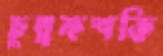
চুম্বকশক্তি